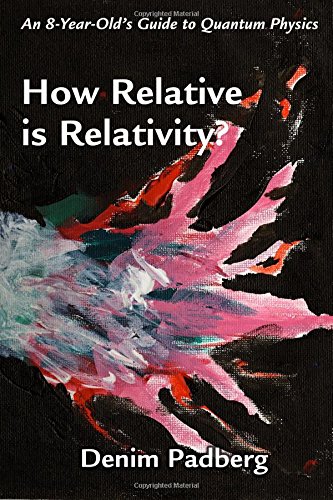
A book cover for How Relative is Relativity?; Denim Padberg; Children's Books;